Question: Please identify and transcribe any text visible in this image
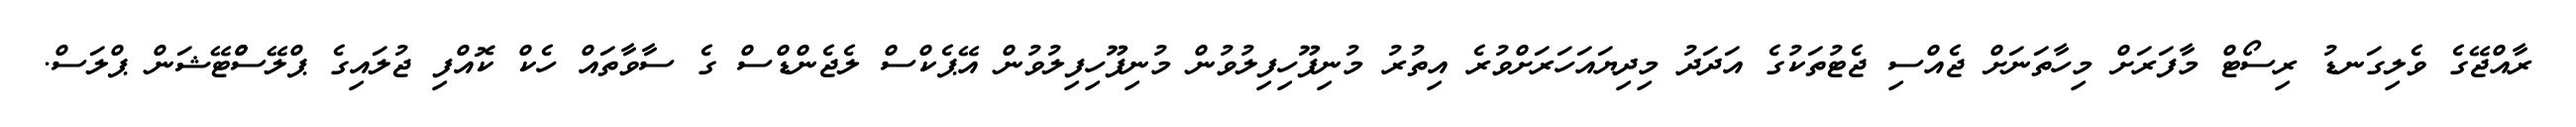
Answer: ރާއްޖޭގެ ވެލިގަނޑު ރިސޯޓް މާފަރަށް މިހާތަނަށް ޖެއްސި ޖެޓުތަކުގެ އަދަދު މިދިޔައަހަރަށްވުރެ އިތުރު މުނިފޫހިފިލުވުން މުނިފޫހިފިލުވުން އޭޕެކްސް ލެޖެންޑްސް ގެ ސާވާތައް ހެކް ކޮއްފި ޖުލައިގެ ޕްލޭސްްޓޭޝަން ޕްލަސް.